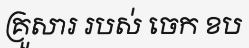
គ្រួសារ របស់ ចេក ខប